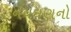
નવઘણનો